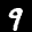
Label: 9